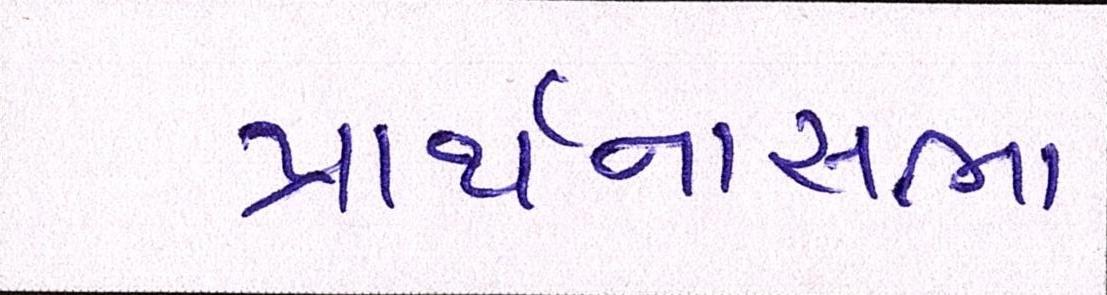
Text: પ્રાર્થનાસભા